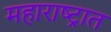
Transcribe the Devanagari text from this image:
महाराष्‍ट्रात